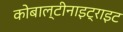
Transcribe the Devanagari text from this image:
कोबाल्टीनाइट्राइट